Indian journal of veterinary science and animal husbandry - Volume 10,
Year: 1940
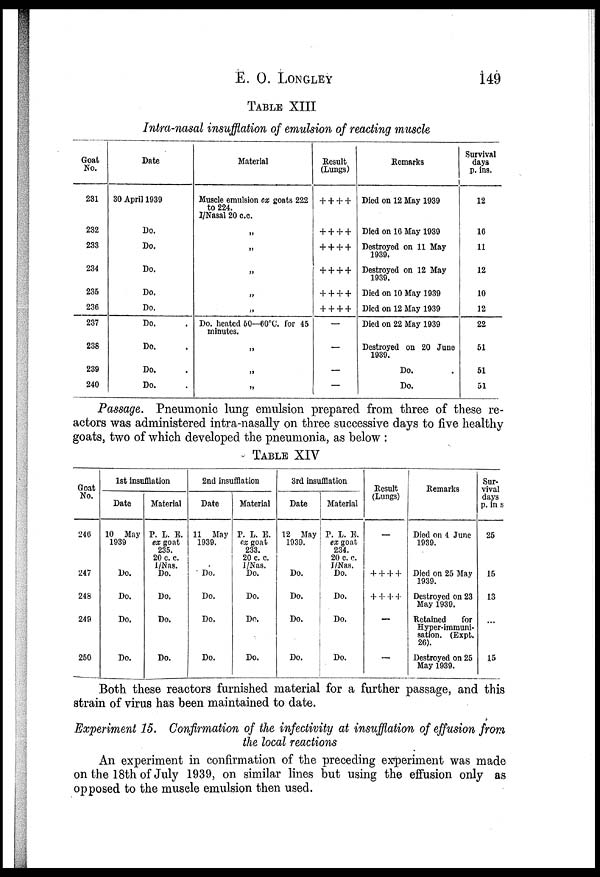
E. O. LONGLEY 149
TABLE XIII
Intra-nasal insufflation of emulsion of reacting muscle
Goat
No.
231
232
233
234
235
236
237
238
239
240
Date
30 April 1939
Do.
Do.
Do.
Do.
Do.
Do. .
Do. .
Do. .
Do. .
Material
Muscle emulsion ex goats 222
to 224.
I/Nasal 20 c.c.
„
„
„
„
„
Do. heated 50—60 o C. for 45
minutes.
„
„
„
Result
(Lungs)
+ + + +
+ + + +
+ + + +
+ + + +
+ + + +
+ + + +
—
—
—
—
Remarks
Died on 12 May 1939
Died on 16 May 1939
Destroyed on 11 May
1939.
Destroyed on 12 May
1939.
Died on 10 May 1939
Died on 12 May 1939
Died on 22 May 1939
Destroyed on 20 June
1939.
Do. .
Do.
Survival
days
p. ins.
12
16
11
12
10
12
22
51
51
51
Passage. Pneumonic lung emulsion prepared from three of these re-
actors was administered intra-nasally on three successive days to five healthy
goats, two of which developed the pneumonia, as below :
TABLE XIV
Goat
No.
246
247
248
249
250
1st insufflation
Date
10 May
1939
Do.
Do.
Do.
Do.
Material
P. L. E.
ex goat
235.
20 c. c.
I/Nas.
Do.
Do.
Do.
Do.
2nd insufflation
Date
11 May
1939.
Do.
Do.
Do.
Do.
Material
P. L. E.
ex goat
233.
20 c. c.
I/Nas.
Do.
Do.
Do.
Do.
3rd insufflation
Date
12 May
1939.
Do.
Do.
Do.
Do.
Material
P. L. E.
ex goat
234.
20 c. c.
I/Nas.
Do.
Do.
Do.
Do.
Result
(Lungs)
—
+ + + +
+ + + +
—
—
Remarks
Died on 4 June
1939.
Died on 25 May
1939.
Destroyed on 23
May 1939.
Retained
for
Hyper-immurii¬
sation. (Expt.
26).
Destroyed on 25
May 1939.
Sur-
vival
days
p. ins
25
15
13
...
15
Both these reactors furnished material for a further passage, and this
strain of virus has been maintained to date.
Experiment 15. Confirmation of the infectivity at insufflation of effusion from
the local reactions
An experiment in confirmation of the preceding experiment was made
on the 18th of July 1939, on similar lines but using the effusion only as
opposed to the musele emulsion then used.